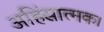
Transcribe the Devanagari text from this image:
अहिंसात्मक।